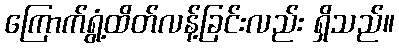
ကြောက်ရွံ့ထိတ်လန့်ခြင်းလည်း ရှိသည်။